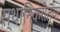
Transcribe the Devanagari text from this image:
स्थानिकरीत्या